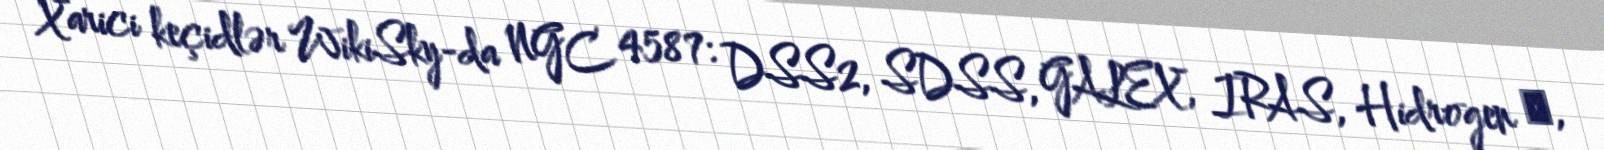
Xarici keçidlər WikiSky-da NGC 4587: DSS2, SDSS, GALEX, IRAS, Hidrogen α,